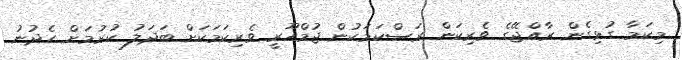
މިކަމާ ގުޅިގެން ރާއްޖޭގެ ވެރިކަން ރަސްކަމަކުން ޖުމްހޫރީ ވެރިކަމަކަށް ބަދަލު ކުރުމަށް ހެދުނު